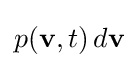
p(\mathbf {v} ,t)\,d\mathbf {v}